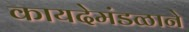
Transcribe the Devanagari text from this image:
कायदेमंडळाने